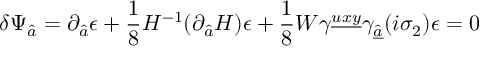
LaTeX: \delta \Psi _ { \hat { a } } = \partial _ { \hat { a } } \epsilon + { \frac { 1 } { 8 } } H ^ { - 1 } ( \partial _ { \hat { a } } H ) \epsilon + { \frac { 1 } { 8 } } W \gamma ^ { \underline { { { u x y } } } } \gamma _ { \underline { { { \hat { a } } } } } ( i \sigma _ { 2 } ) \epsilon = 0 \,